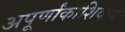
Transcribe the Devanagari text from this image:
अपूर्णांकाशिवाय